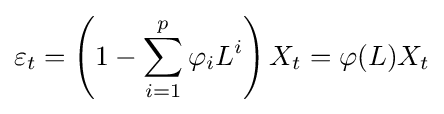
\varepsilon _{t}=\left(1-\sum _{i=1}^{p}\varphi _{i}L^{i}\right)X_{t}=\varphi (L)X_{t}